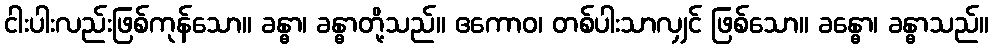
ငါးပါးလည်းဖြစ်ကုန်သော။ ခန္ဓာ၊ ခန္ဓာတို့သည်။ ဧကောဝ၊ တစ်ပါးသာလျှင် ဖြစ်သော။ ခန္ဓော၊ ခန္ဓာသည်။